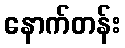
နောက်တန်း